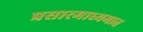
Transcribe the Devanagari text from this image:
प्रसारमाध्यमात